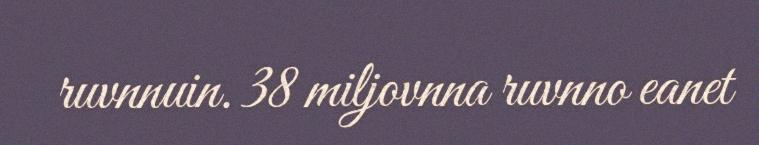
ruvnnuin. 38 miljovnna ruvnno eanet